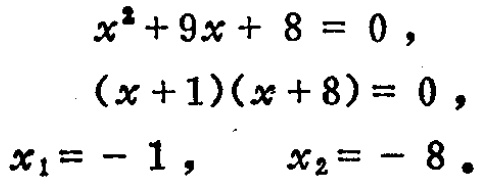
\[
\begin{align*}
x^{2}+9x + 8&=0,\\
(x + 1)(x + 8)&=0,\\
x_{1}&=-1, \quad x_{2}=-8.
\end{align*}
\]